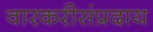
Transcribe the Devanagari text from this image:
वारकरीसंप्रदाय